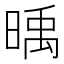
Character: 𣈭